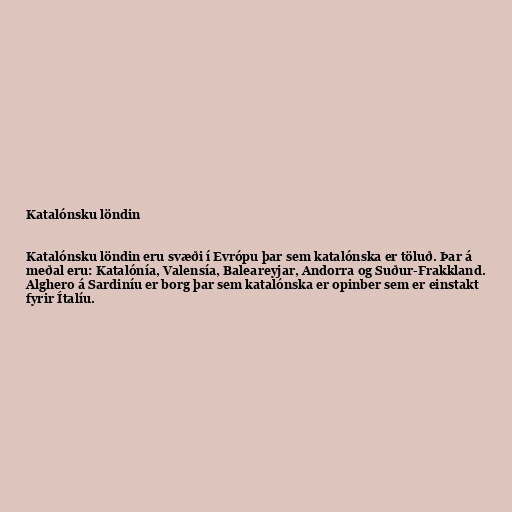
Katalónsku löndin

Katalónsku löndin eru svæði í Evrópu þar sem katalónska er töluð. Þar á
meðal eru: Katalónía, Valensía, Baleareyjar, Andorra og Suður-Frakkland.
Alghero á Sardiníu er borg þar sem katalónska er opinber sem er einstakt
fyrir Ítalíu.